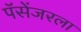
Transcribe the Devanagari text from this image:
पॅसेंजरला